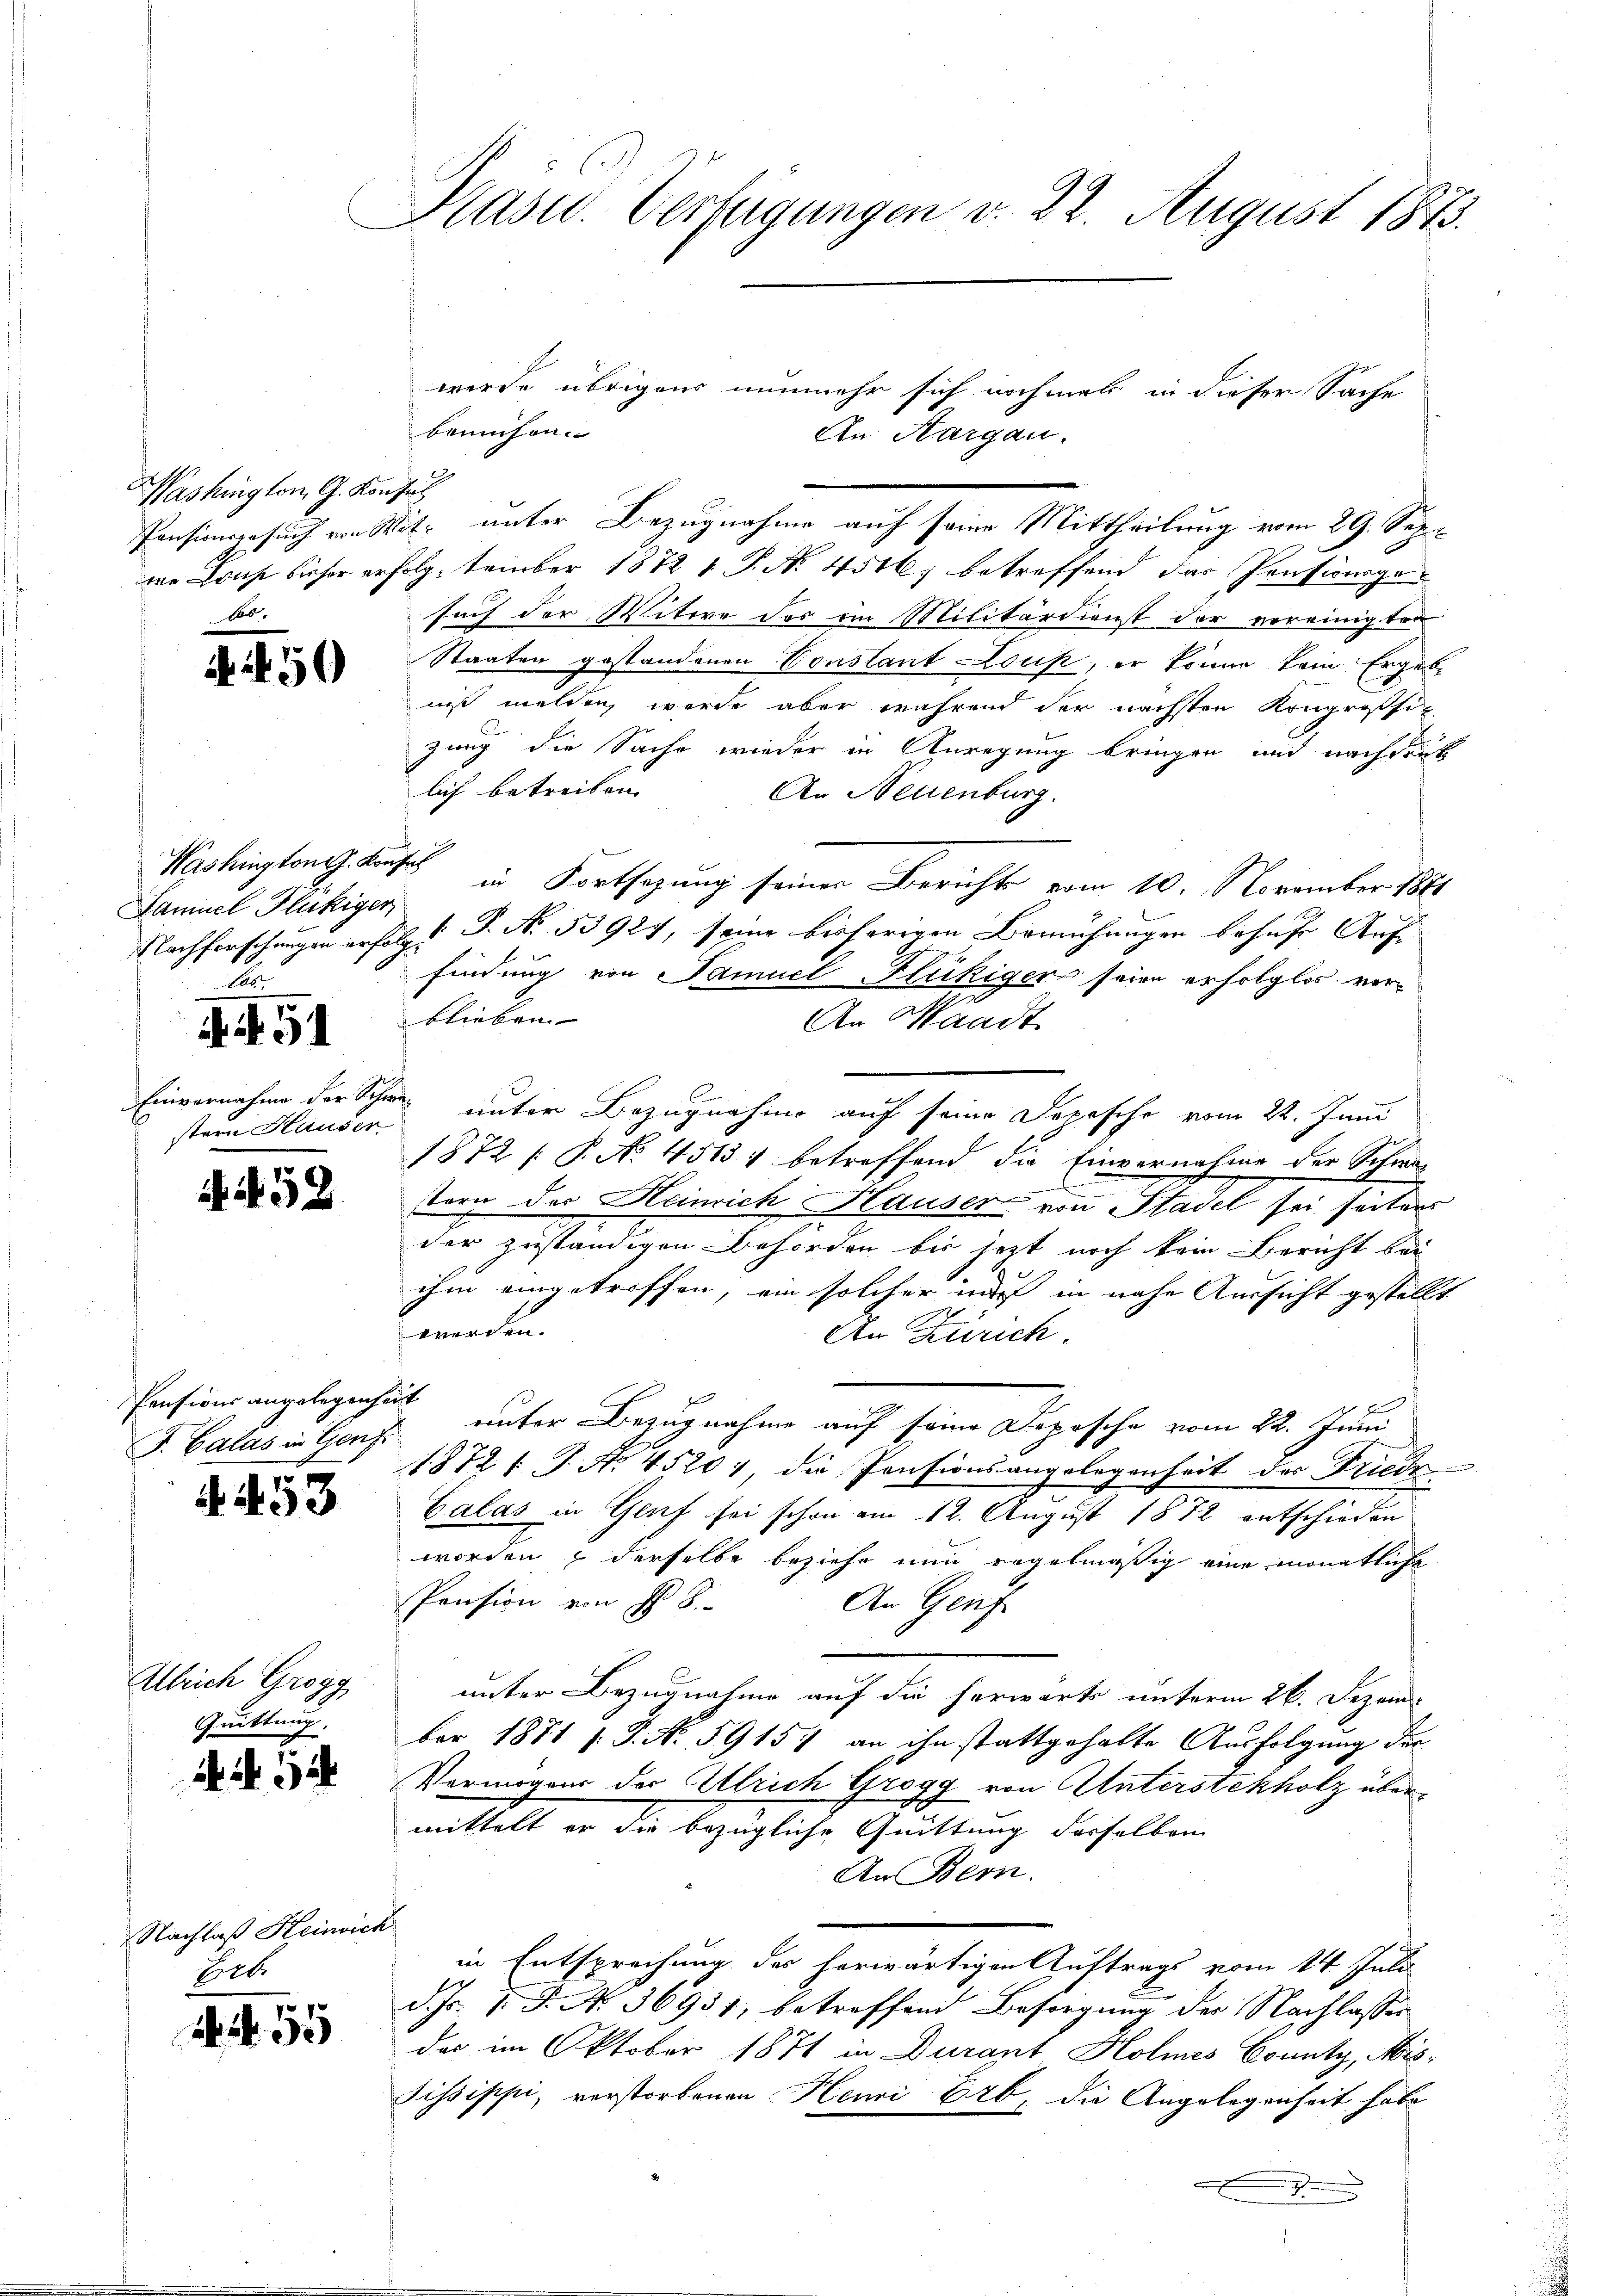
Präsid.. Verfügungen v. 22. August 1873.

bemühen.
we Lous bisher erfolg, tember 1872 1 P. No 4516; betreffend das Pensingesuch der Witwe des ein Militärdienst der vereinigten
Staaten gestandenen Constant Lous, er könne kein Ergebe
niß melden, werde aber während der nächsten Kongrossen
zung die Sache wieder in Anregung bringen und nachdruck
lich betreiben.
An Hellenburg.
in Fortsetzung seiner Bericht vom 10. November 1881
Nachforschungen erfolgt P. Nr. 53927, seine bisherigen Bemühungen behufe Auf- |
findung von Samuel Fickiger seien erfolglos verblieben.
An Waadt
1872 P. No 4513) betreffend die Einvernahme der Schwa
stern der Heinrich Hauser von Stadel sei seiters
der zuständigen Behörden bis jetzt noch kein Bericht bei
ihm eingetroffen, ein solcher ins in nahe Aussicht gestellt
werden.
An Zürich.
 x
unter Bezugnahme auf seine Depesche vom 22. Juni
1872 f. P. Nr. 45201, die Pensionsangelegenheit der Friede
Calas in Genf sei schon am 12. August 1872 entschieden
worden, derselbe beziehe nun regelmäßig eine monatliche
Pension von I S.
An Genf
unter Bezugnahme auf die herwärte unterm 26. Dezember 1871 s. S. No. 5915 an ihn stattgehalte Ausfolgung der
Vermögens der Ulrich Grogg von Unterstekholz übermittelt er die bezügliche Quittung derselben
An Bern.
in Entsprechung des herwärtigen Auftrags vom 14. Juli
d. Js. 1. P. Nr. 36951, betreffend Besorgung des Nachlassen
das im Oktober 1871 in Durant Holmnes County, Mis¬
Sissippi, verstorbenen Henri 646, die Angelegenheit habe
.

Pensionsgesuch von Wit- unter Bezugnahme auf seine Mittheilung vom 29. Sep

werde übrigens nunmehr sich nochmal in dieser Sache
An Aargau.

Washington G. Konsul

50

Washington G. Konses
Samuel Flukiger
Los

A. 51

Einvernahme der Schr
stern Hauser

to unter Bezugnahme auf seine Depesche vom 22. Juni

4452

Pensions angelegenheit
F. Calas in Genf.

N. 253

Alrich Grogg
Quittung.

Nr. 32

Nachlaß Heinrich
Eet.

55